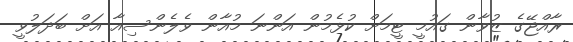
ރާއްޖޭގެ ޒުވާން ގައުމީ ޓީމަށް ކުޅެމުން އަންނަ މުއާން ވެލެންސިއާ އަށް ބަދަލުވީ